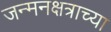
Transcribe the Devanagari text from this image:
जन्मनक्षत्राच्या